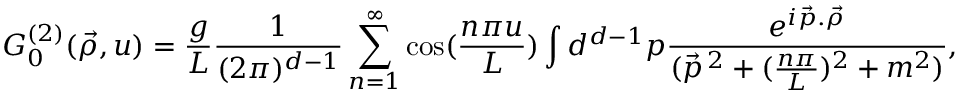
G _ { 0 } ^ { ( 2 ) } ( \vec { \rho } , u ) = \frac { g } { L } \frac { 1 } { ( 2 \pi ) ^ { d - 1 } } \sum _ { n = 1 } ^ { \infty } \cos ( \frac { n \pi u } { L } ) \int d ^ { d - 1 } p \frac { e ^ { i \vec { p } . \vec { \rho } } } { ( \vec { p } ^ { \, 2 } + ( \frac { n \pi } { L } ) ^ { 2 } + m ^ { 2 } ) } ,